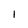
Character: l